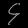
Digit: ၄